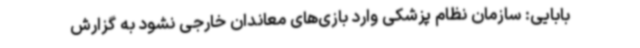
بابایی: سازمان نظام پزشکی وارد بازی‌های معاندان خارجی نشود به گزارش